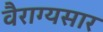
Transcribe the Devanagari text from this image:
वैराग्यसार